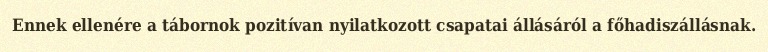
Ennek ellenére a tábornok pozitívan nyilatkozott csapatai állásáról a főhadiszállásnak.